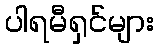
ပါရမီရှင်များ